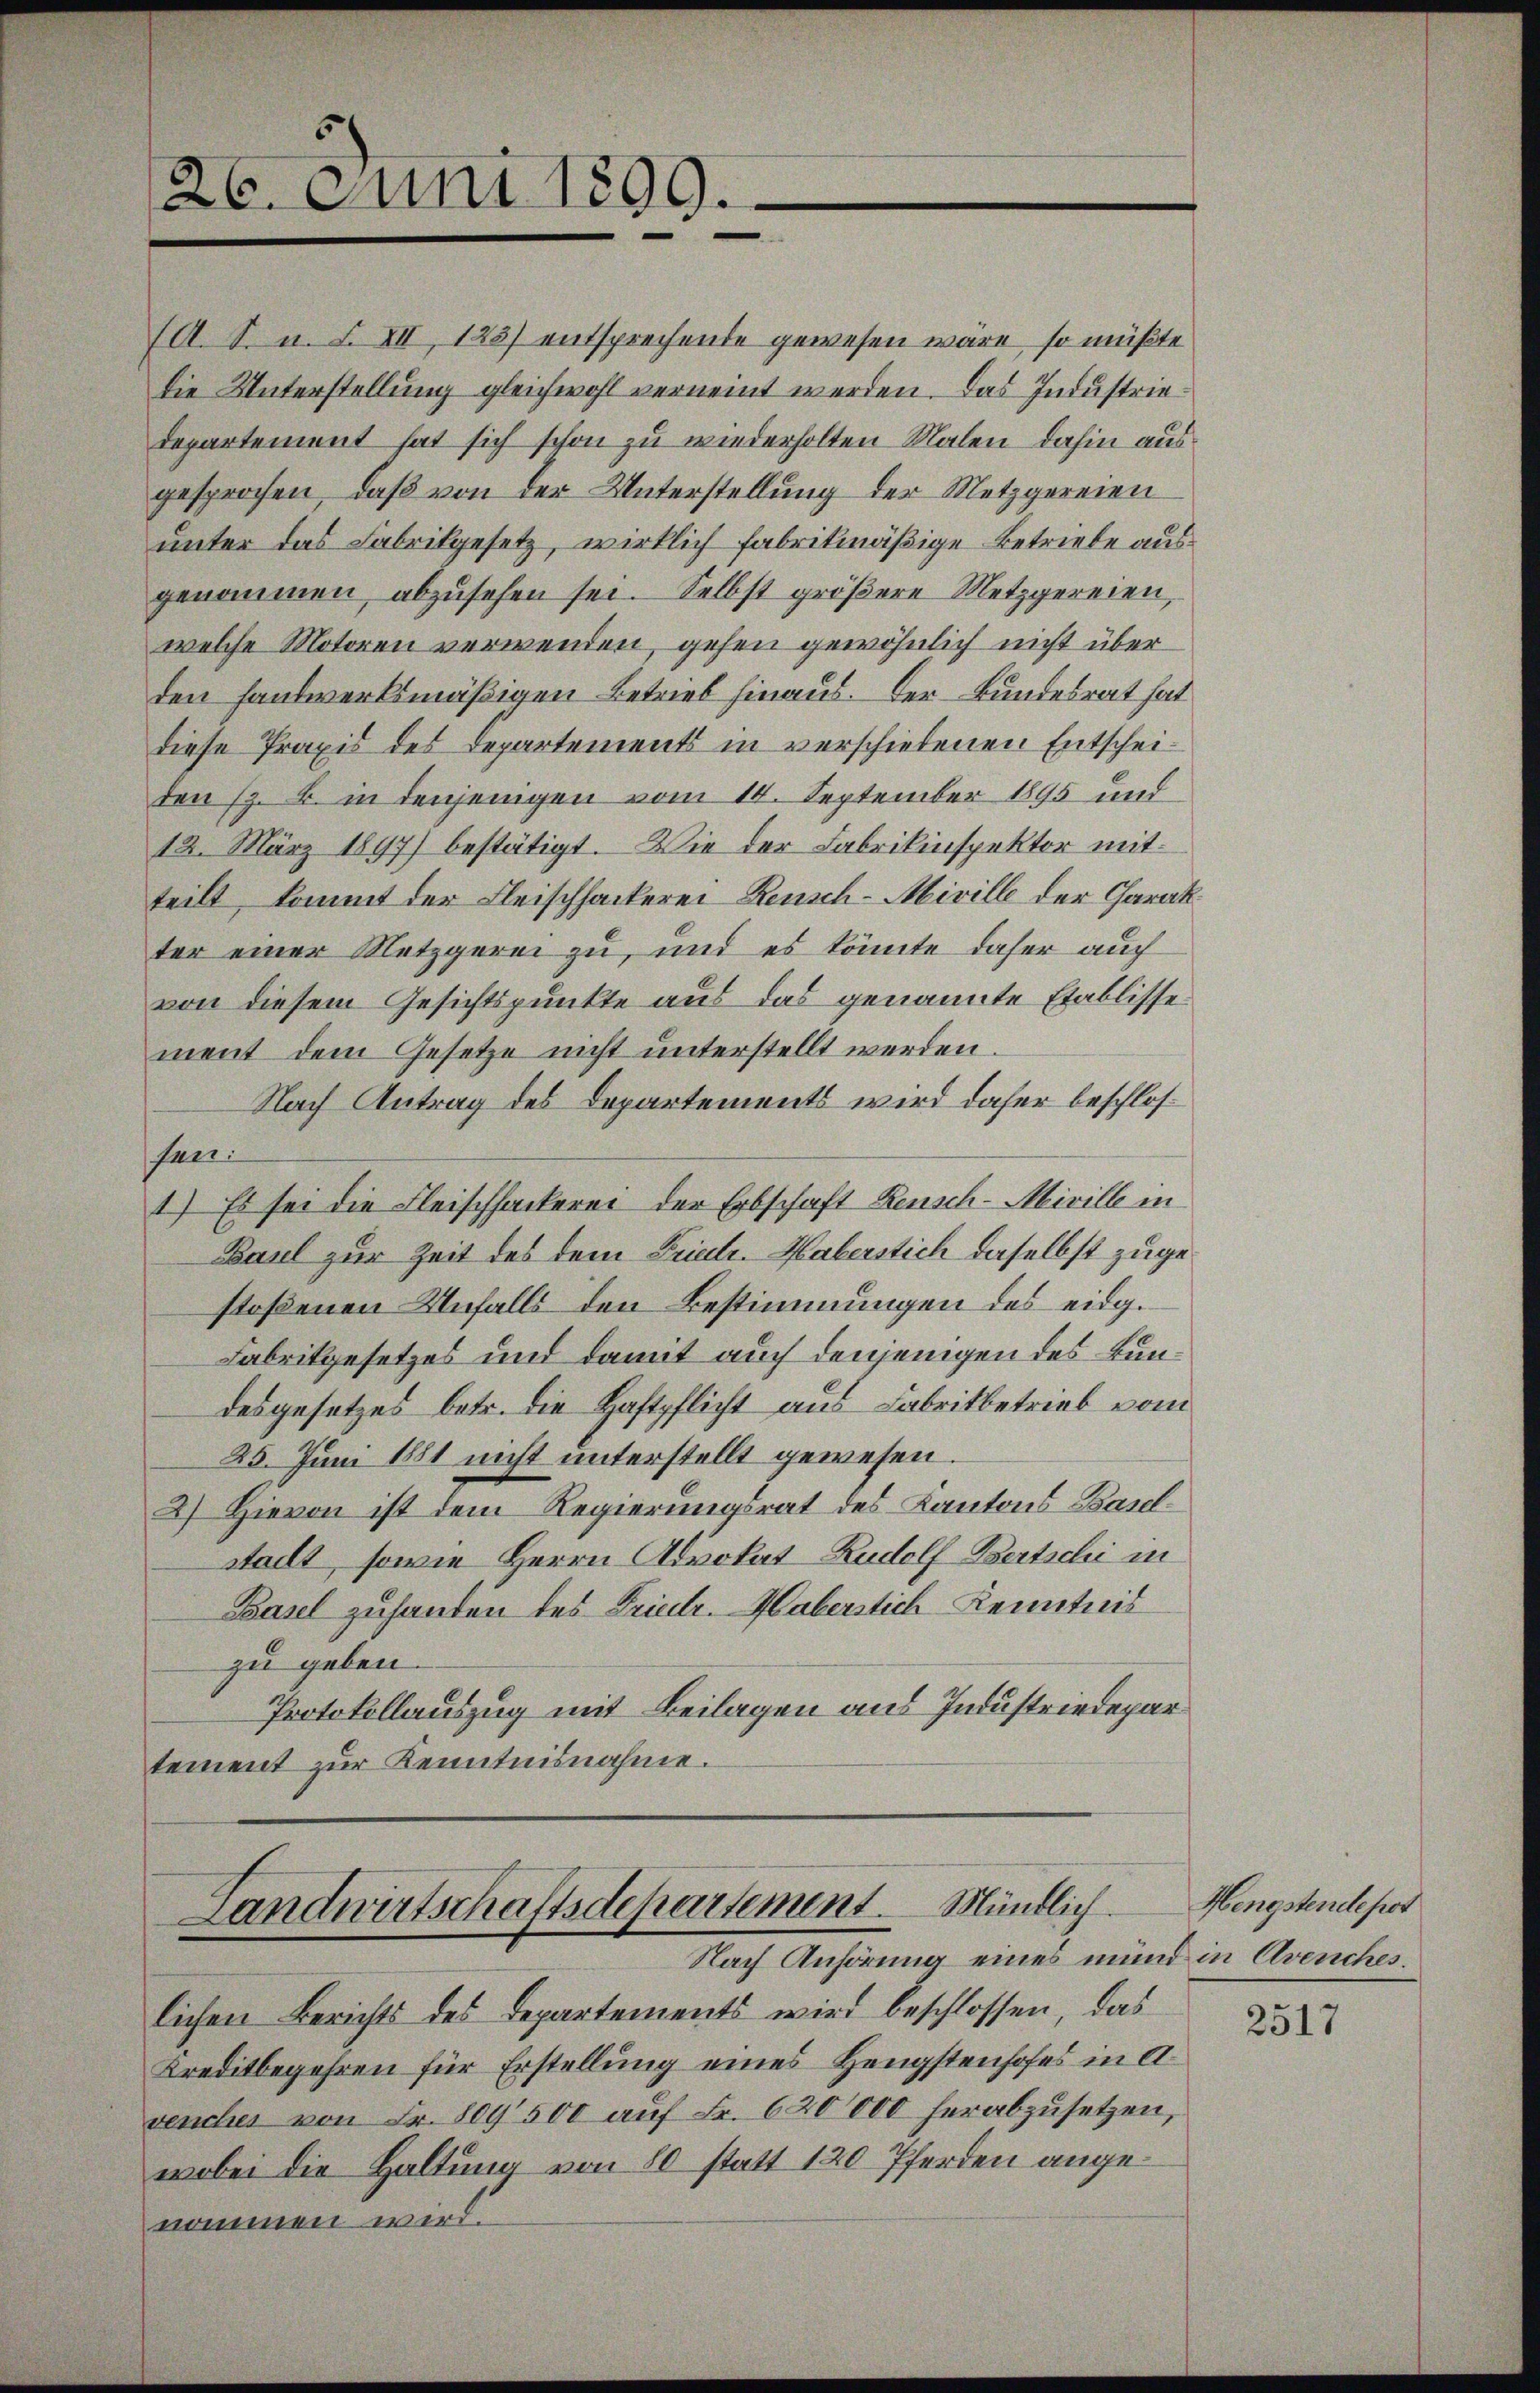
26. Juni 1899.

(A. S. u. F. XII, 125) entsprechende gewesen wäre, so müßte
die Unterstellung gleichwohl verneint werden. Das Industriedepartement hat sich schon zu wiederholten Malen dahin ausgesprochen, daß von der Unterstellung der Metzgereien
unter das Fabrikgesetz, wirklich fabrikmäßige Betriebe ausgenommen abzusehen sei. Selbst größere Metzgereien,
welche Motoren verwenden, gehen gewöhnlich nicht überden handwerksmäßigen Betrieb hinaus. Der Bundesrat hat
diese Praxis des Departements in verschiebenen Entscheiden (z. B. in denjenigen vom 14. September 1895 und
12. März 1897) bestätigt. Wie der Fabrikinspektor mit
teilt, kommt der Fleischhackerei Reusch-Miville der Charakter einer Metzgerei zu, und es könnte daher auch
von diesem Gesichtspunkte aus das genannte Etablisse
ment dem Gesetze nicht unterstellt werden
Nach Antrag des Departements wird daher beschlosfen:
1) Es sei die Fleischhackerei der Erbschaft Rensch-Miville in
Baul zur Zeit des dem Friedr. Haberstich daselbst zugestoßenen Unfalls den Bestimmungen des eidg.
Fabrikgesetzes und damit auch denjenigen des Bundesgesetzes betr. die Haftpflicht aus Fabritbetrieb vom
25. Juni 1881 nicht unterstellt gewesen.
2) Hievon ist dem Regierungsrat des Kantons Baselstadt, sowie Herrn Advokat Rudolf Bertschi in
Basel zuhanden des Friedr. Haberstich Kenntnis
zu geben
Protokollauszug mit Beilagen aus Industriedepar
tement zur Kenntnisnahme.

Landwirtschaftsdepartement. Mündlich.
Nach Anhörung eines mund in Avenches.
lichen Berichts des Departements wird beschlossen, das

Kreditbegehren für Erstellung eines Hengstenhofes in d
venches von Fr. 809 500 auf Fr. 620000 herabzusetzen,
wobei die Haltung von 80 statt 120 Pferden angenommen wird.

Hengstendepot

2517